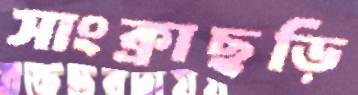
সাংক্রাছড়ি